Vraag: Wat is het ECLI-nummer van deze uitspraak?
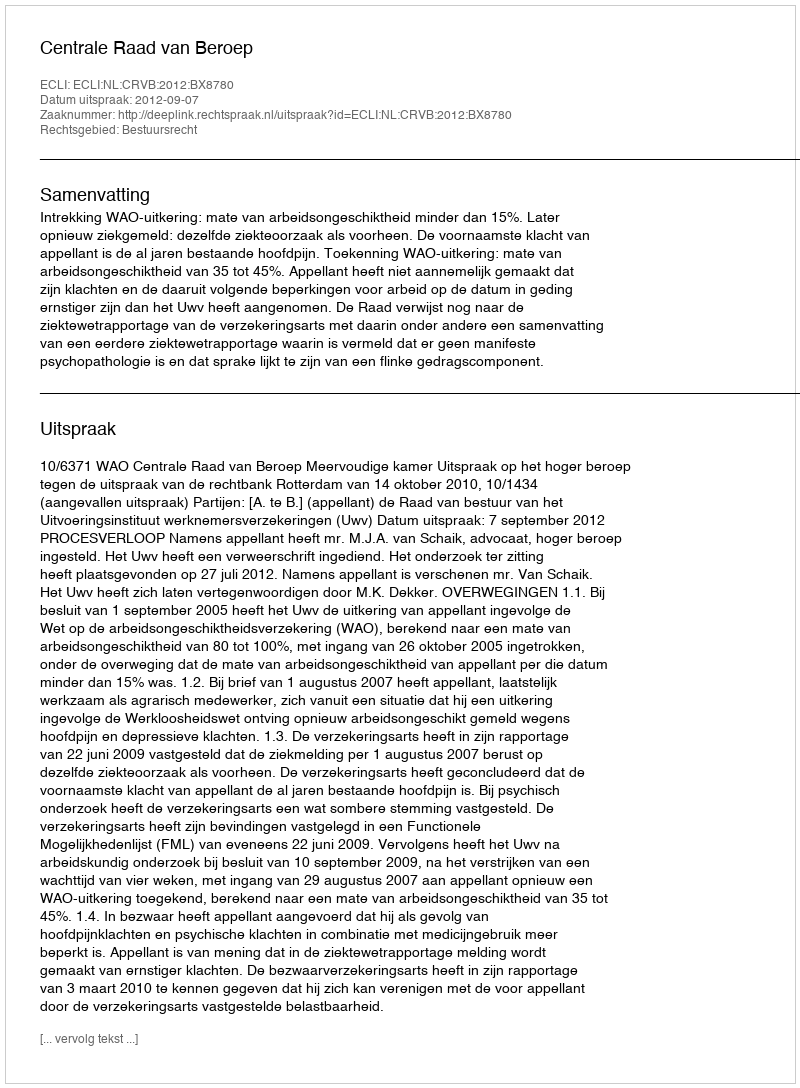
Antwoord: ECLI:NL:CRVB:2012:BX8780